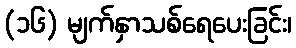
(၁၆) မျက်နှာသစ်ရေပေးခြင်း၊